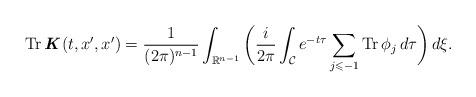
LaTeX: \begin{align*} \operatorname{Tr}\textbf{\textit{K}}(t,x^{\prime},x^{\prime}) = \frac{1}{(2\pi)^{n-1}} \int_{\mathbb{R}^{n-1}} \bigg( \frac{i}{2\pi} \int_{\mathcal{C}} e^{-t\tau} \sum_{j \leqslant -1} \operatorname{Tr} \phi_{j}\,d\tau \bigg) \,d\xi.\end{align*}